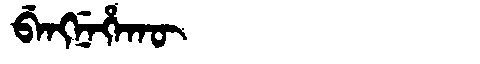
Manchu: ᠪᡝᠩᠨᡝᡥᠠᡴᡡ
Romanization: BENGNEHAKŪ